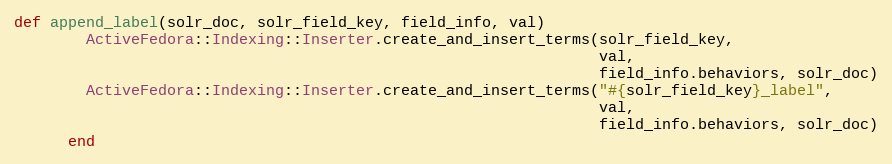
Language: Ruby
def append_label(solr_doc, solr_field_key, field_info, val)
        ActiveFedora::Indexing::Inserter.create_and_insert_terms(solr_field_key,
                                                                 val,
                                                                 field_info.behaviors, solr_doc)
        ActiveFedora::Indexing::Inserter.create_and_insert_terms("#{solr_field_key}_label",
                                                                 val,
                                                                 field_info.behaviors, solr_doc)
      end